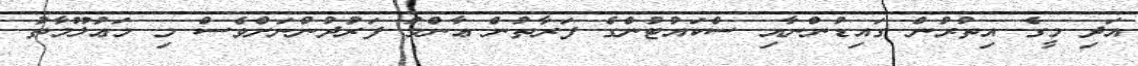
އަދި މީގެ އިތުރުން ގައިޑުންނާއި ސްކައުޓުންގެ ފަރާތުން ޢާންމު ފަރުދުންނަށްވެސް މި މަޢުލޫމާތު